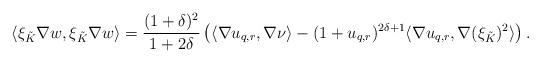
LaTeX: \begin{align*} \langle \xi_{\tilde K}\nabla w,\xi_{\tilde K}\nabla w\rangle=\frac{(1+\delta)^2}{1+2\delta}\left(\langle \nabla u_{q,r}, \nabla \nu\rangle-(1+u_{q,r})^{2\delta+1}\langle\nabla u_{q,r}, \nabla(\xi_{\tilde K})^2\rangle\right).\end{align*}